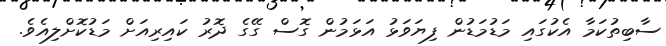
ސާބިތުކަމާ އެކުގައި މަޑުމަޑުން ފިޔަވަޅު އަޅަމުން ގޮސް ގޭގެ ދޮރު ކައިރިއަށް މަޑުކޮށްލިއެވެ.